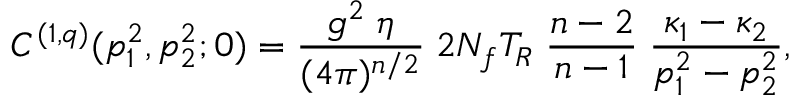
C ^ { ( 1 , q ) } ( p _ { 1 } ^ { 2 } , p _ { 2 } ^ { 2 } ; 0 ) = \frac { g ^ { 2 } \; \eta } { ( 4 \pi ) ^ { n / 2 } } \; 2 N _ { f } T _ { R } \; \frac { n - 2 } { n - 1 } \; \frac { \kappa _ { 1 } - \kappa _ { 2 } } { p _ { 1 } ^ { 2 } - p _ { 2 } ^ { 2 } } ,